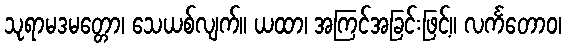
သုရာမဒမတ္တော၊ သေယစ်လျက်။ ယထာ၊ အကြင်အခြင်းဖြင့်။ လင်္ကတောဝ၊